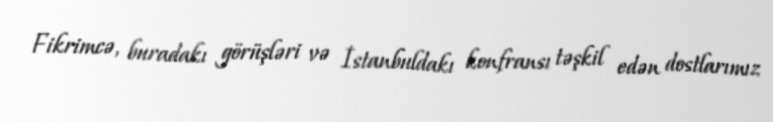
Fikrimcə, buradakı görüşləri və İstanbuldakı konfransı təşkil edən dostlarımız